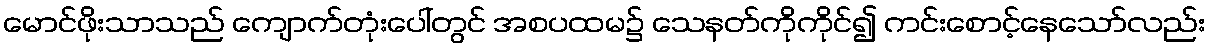
မောင်ဖိုးသာသည် ကျောက်တုံးပေါ်တွင် အစပထမ၌ သေနတ်ကိုကိုင်၍ ကင်းစောင့်နေသော်လည်း